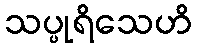
သပ္ပုရိသေဟိ